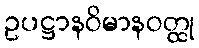
ဥပဋ္ဌာနဝိမာနဝတ္ထု